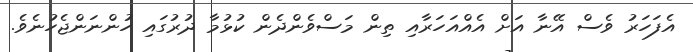
އެފަހަރު ވެސް އޭނާ އަށް އެއްއަހަރާއި ތިން މަސްވެންދެން ކުޅުމާ ދުރުގައި ހުންނަންޖެހުނެވެ.